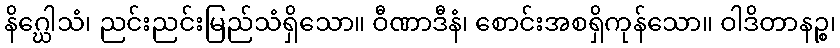
နိဂ္ဃေါသံ၊ ညင်းညင်းမြည်သံရှိသော။ ဝီဏာဒီနံ၊ စောင်းအစရှိကုန်သော။ ဝါဒိတာနဉ္စ၊